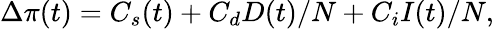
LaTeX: \begin{array}{r}{\Delta\pi(t)=C_{s}(t)+{C}_{d}D(t)/N+{C}_{i}I(t)/N,}\end{array}